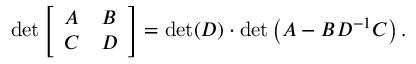
\operatorname* { d e t } { \left[ \begin{array} { l l } { A } & { B } \\ { C } & { D } \end{array} \right] } = \operatorname* { d e t } ( D ) \cdot \operatorname* { d e t } \left( A - B D ^ { - 1 } C \right) .